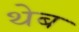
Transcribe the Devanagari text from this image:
थेब